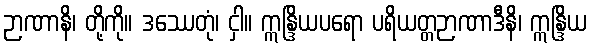
ဉာဏာနိ၊ တို့ကို။ ဒဿေတုံ၊ ငှါ။ ဣန္ဒြိယပရော ပရိယတ္တဉာဏာဒီနိ၊ ဣန္ဒြိယ